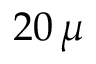
2 0 \, \mu